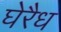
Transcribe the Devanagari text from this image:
घेरैध